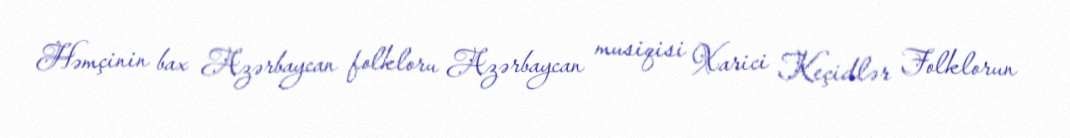
Həmçinin bax Azərbaycan folkloru Azərbaycan musiqisi Xarici Keçidlər Folklorun